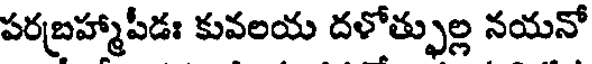
పరబ్రహ్మాపీడః కువలయ దళోత్ఫుల్ల నయనో